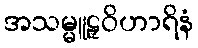
အသမ္မူဠှဝိဟာရိနံ